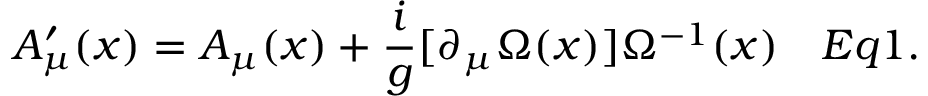
A _ { \mu } ^ { \prime } ( x ) = A _ { \mu } ( x ) + { \frac { i } { g } } [ \partial _ { \mu } \Omega ( x ) ] \Omega ^ { - 1 } ( x ) \quad E q 1 .